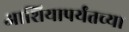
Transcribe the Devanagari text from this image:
आशियापर्यंतच्या